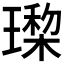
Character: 𰢎